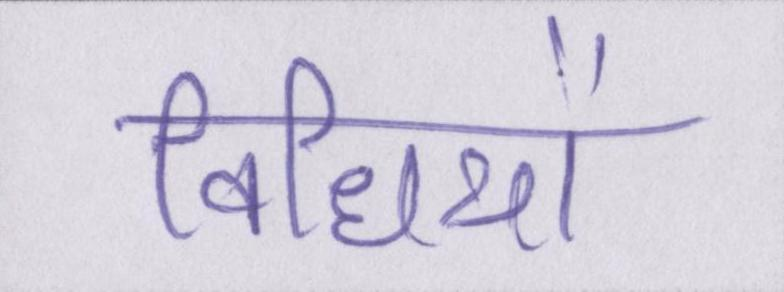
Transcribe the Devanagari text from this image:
विधियों